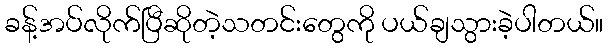
ခန့်အပ်လိုက်ပြီဆိုတဲ့သတင်းတွေကို ပယ်ချသွားခဲ့ပါတယ်။